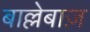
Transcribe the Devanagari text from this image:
बाल्लेबाज़